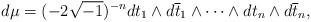
LaTeX: \begin{align*}d\mu=(-2\sqrt{-1})^{-n}dt_1 \wedge d\overline{t}_1 \wedge \cdots \wedge dt_n \wedge d\overline{t}_n,\end{align*}